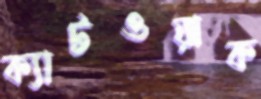
ক্যাটওয়াক